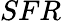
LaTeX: SFR